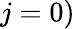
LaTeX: j=0)